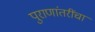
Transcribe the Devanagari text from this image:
पुराणांतरींचा